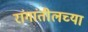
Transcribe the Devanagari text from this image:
रांगांतीलच्या